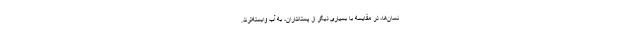
نسان‌ها، در مقایسه با بسیاری دیگر از پستانداران، به آب وابسته‌ترند.